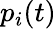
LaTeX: p_{i}(t)